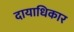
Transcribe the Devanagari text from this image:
दायाधिकार